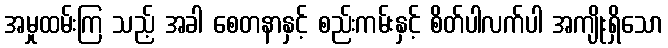
အမှုထမ်းကြ သည့် အခါ စေတနာနှင့် စည်းကမ်းနှင့် စိတ်ပါလက်ပါ အကျိုးရှိသော